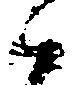
候